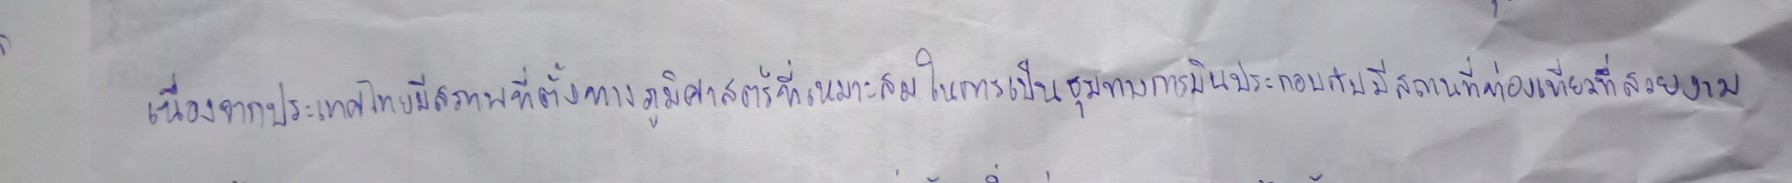
เนื่องจากประเทศไทยมีสภาพที่ตั้งทางภูมิศาสตร์ที่เหมาะสมในการเป็นชุมทางการบินประกอบกับมีสถานที่ท่องเที่ยวที่สวยงาม